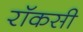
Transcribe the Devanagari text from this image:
रॉकसी